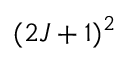
( 2 J + 1 ) ^ { 2 }